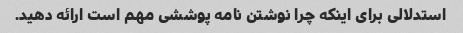
استدلالی برای اینکه چرا نوشتن نامه پوششی مهم است ارائه دهید.